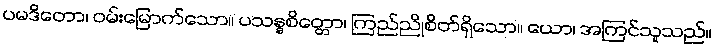
ပမဒိတော၊ ဝမ်းမြောက်သော။ ပသန္နစိတ္တော၊ ကြည်ညိုစိတ်ရှိသော။ ယော၊ အကြင်သူသည်။